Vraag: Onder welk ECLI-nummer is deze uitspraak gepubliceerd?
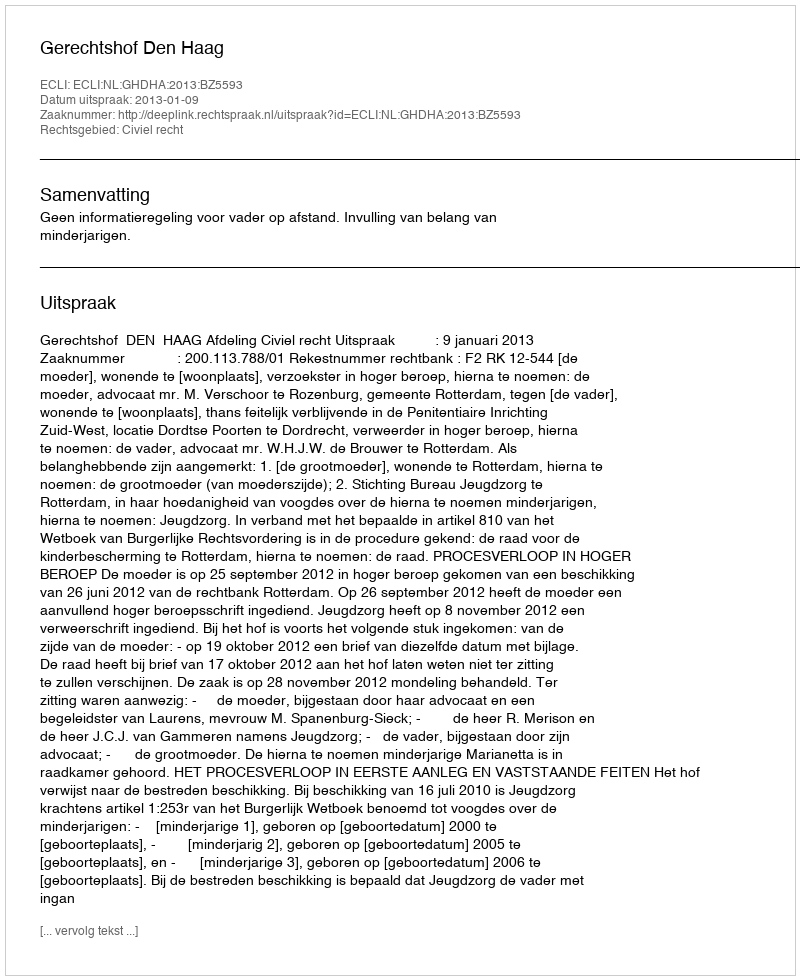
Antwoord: ECLI:NL:GHDHA:2013:BZ5593